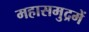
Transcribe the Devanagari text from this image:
महासमुद्रमें